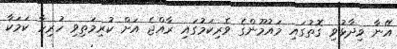
އޭނާ ވިދާޅުވި ގޮތުގައި މައުމޫންގެ ވެރިކަމުގައި ރާއްޖެ އަށް ކުރިމަތިވި ހުރިހާ ކަމަކާ